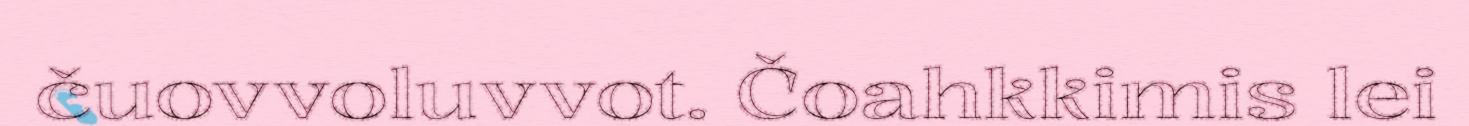
čuovvoluvvot. Čoahkkimis lei